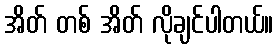
အိတ် တစ် အိတ် လိုချင်ပါတယ်။